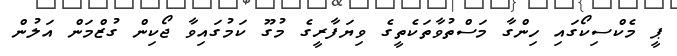
ޕީ މެކްސިކޯގައި ހިންގާ މަސްތުވާތަކެތީގެ ވިޔަފާރީގެ މުގޫ ކަމުގައިވާ ޖޯކިން ގުޒްމަން އަލުން